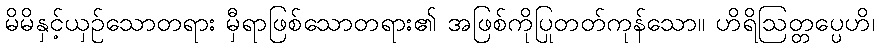
မိမိနှင့်ယှဉ်သောတရား မှီရာဖြစ်သောတရား၏ အဖြစ်ကိုပြုတတ်ကုန်သော။ ဟိရိဩတ္တပ္ပေဟိ၊